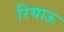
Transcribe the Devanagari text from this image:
रियाऊ